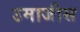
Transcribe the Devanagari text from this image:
उमाजीस